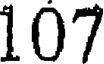
107